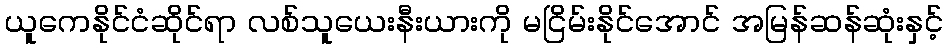
ယူကေနိုင်ငံဆိုင်ရာ လစ်သူယေးနီးယားကို မငြိမ်းနိုင်အောင် အမြန်ဆန်ဆုံးနှင့်